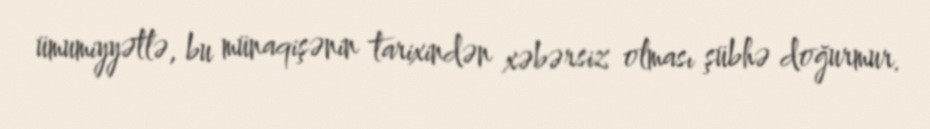
ümumiyyətlə, bu münaqişənin tarixindən xəbərsiz olması şübhə doğurmur.